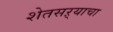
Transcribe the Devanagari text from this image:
शेतसऱ्याचा